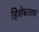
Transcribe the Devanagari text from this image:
हिशेबातच